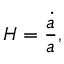
H = { \frac { \dot { a } } { a } } ,